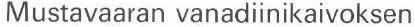
Mustavaaran vanadiinikaivoksen